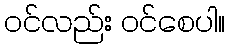
၀င်လည်း ဝင်စေပါ။